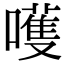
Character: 嚄